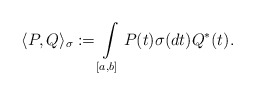
\begin{align*} \langle P,Q \rangle_\sigma:=\int\limits_{[a,b]}P(t)\sigma(dt)Q^*(t). \end{align*}